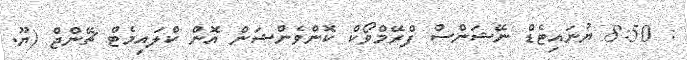
: 8:50 ޔުނައިޓެޑް ނޭޝަންސް ފްރޭމްވޯކް ކޮންވެންޝަން އޮން ކްލައިމެޓް ޗޭންޖް (ޔޫ.